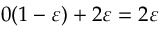
0 ( 1 - \varepsilon ) + 2 \varepsilon = 2 \varepsilon